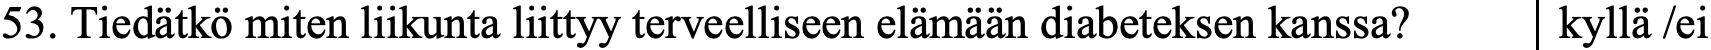
53. Tiedätkö miten liikunta liittyy terveelliseen elämään diabeteksen kanssa? kyllä /ei